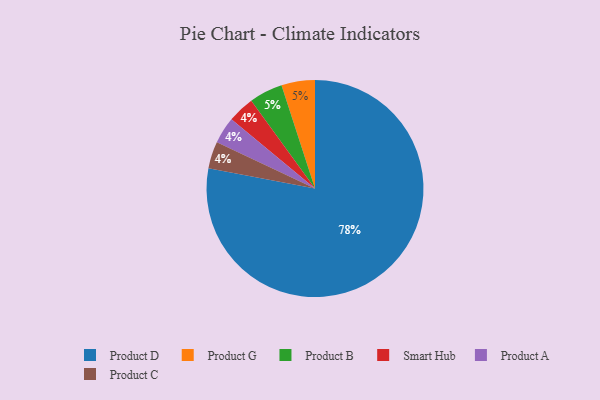
{"axis": {"x": "Category", "y": "Percentage"}, "legend": ["Product A", "Product B", "Product C", "Product D", "Product G", "Smart Hub"], "data": [{"x": "Smart Hub", "y": 4, "type": "Smart Hub"}, {"x": "Product D", "y": 78, "type": "Product D"}, {"x": "Product A", "y": 4, "type": "Product A"}, {"x": "Product G", "y": 5, "type": "Product G"}, {"x": "Product C", "y": 4, "type": "Product C"}, {"x": "Product B", "y": 5, "type": "Product B"}]}